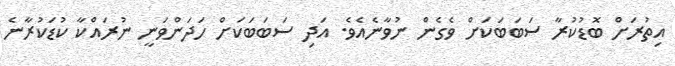
އިތުރަށް ބޮޑުކުރާ ސަބަބަކަށް ވެގެން ނުވާނެއެވެ. އަދި ސަބަބަކަށް ހަދަންވަނީ ނުރައްކާ ކުޑަކުރާނެ